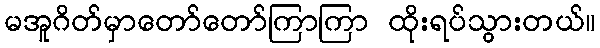
မအူဂိတ်မှာတော်တော်ကြာကြာ ထိုးရပ်သွားတယ်။